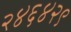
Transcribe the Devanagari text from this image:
२४६४२९